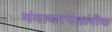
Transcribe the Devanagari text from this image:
गंगाधरपंतांनीच